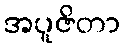
အပူဇိတာ